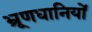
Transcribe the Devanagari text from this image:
भ्रूणधानियों